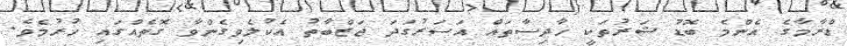
ޑްރާމާގެ އެންމެ ބޮޑު ޝަރުތަކީ ހާދިސާތައް އަސަރުގަދަ ޖަޒްބާތު އެކުލެވިގެންވާ ގޮތެއްގައި ހުރުމެވެ.